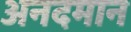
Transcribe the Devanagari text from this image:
अनदमान